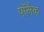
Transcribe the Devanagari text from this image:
पॉलैक